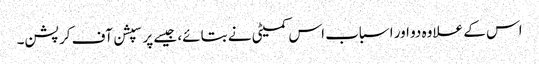
اس کے علاوہ دو اور اسباب اس کمیٹی نے بتائے، جیسے پرسپشن آف کرپشن۔